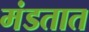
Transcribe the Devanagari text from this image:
मंडतात